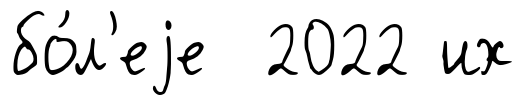
бо́л'еjе 2022 их